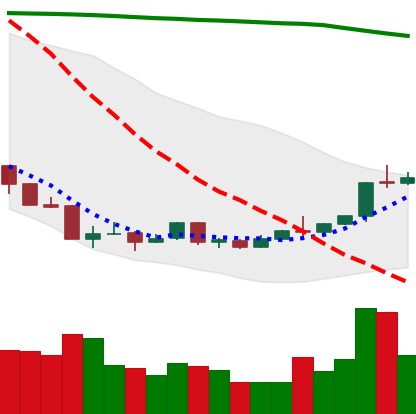
Ticker: ETH-USD
Chart end date: 2018-04-14
Forward return: 13.243%
Label: up_7plus